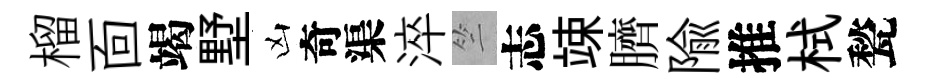
榴靣竭墅凶奇渠淬竺志竦臍隃推栻甃